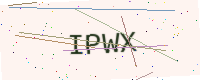
Text: IPWX